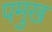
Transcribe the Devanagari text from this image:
पमुख